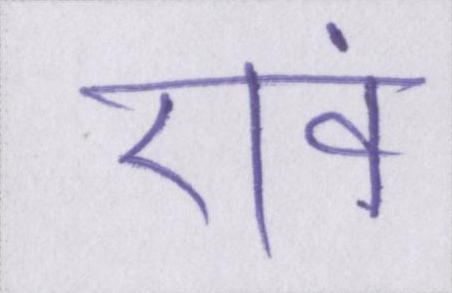
एवं